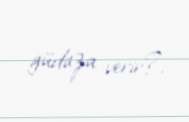
güdaza verir?.